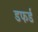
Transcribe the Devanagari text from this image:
डफर्ड